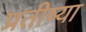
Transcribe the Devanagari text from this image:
प्रतीष्या